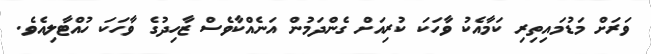
ވަރަށް މަޑުމައިތިރި ކަމާއެކު ވާހަކަ ކުރިއަށް ގެންދަމުން އަނެއްކާވެސް ޒާހިދުގެ ވާހަކަ ހުއްޓާލިއެވެ.